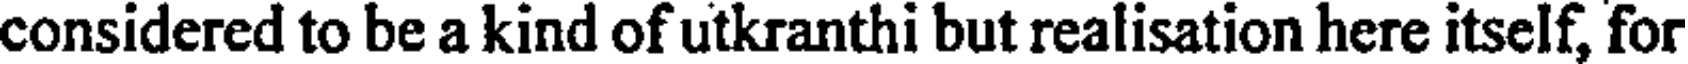
considered to be a kind of utkranthi but realisation here itself, for